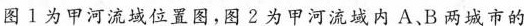
图1为甲河流域位置图，图2为甲河流域内A、B两城市的